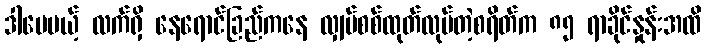
ဒါပေမယ့် လက်ရှိ နေရောင်ခြည်ကနေ လျှပ်စစ်ထုတ်လုပ်တဲ့စရိတ်က ၈၅ ရာခိုင်နှုန်းအထိ